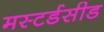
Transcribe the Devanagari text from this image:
मस्टर्डसीड